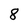
Character: 8